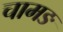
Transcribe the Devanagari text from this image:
चामङ